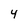
Character: 4